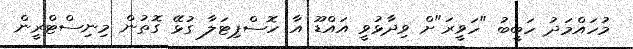
މުހައްމަދު ހަބީބު "ހަވީރަ"ށް ވިދާޅުވީ އައްޑޫ އާ ހޮސްޕިޓަލާ ގުޅޭ ގޮތުން މިނިސްޓްރީން